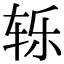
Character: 轹